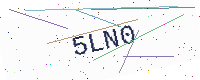
Text: 5LN0